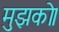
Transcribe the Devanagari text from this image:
मुझको।